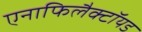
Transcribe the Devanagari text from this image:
एनाफिलैक्टॉयड